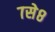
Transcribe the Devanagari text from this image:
७से८